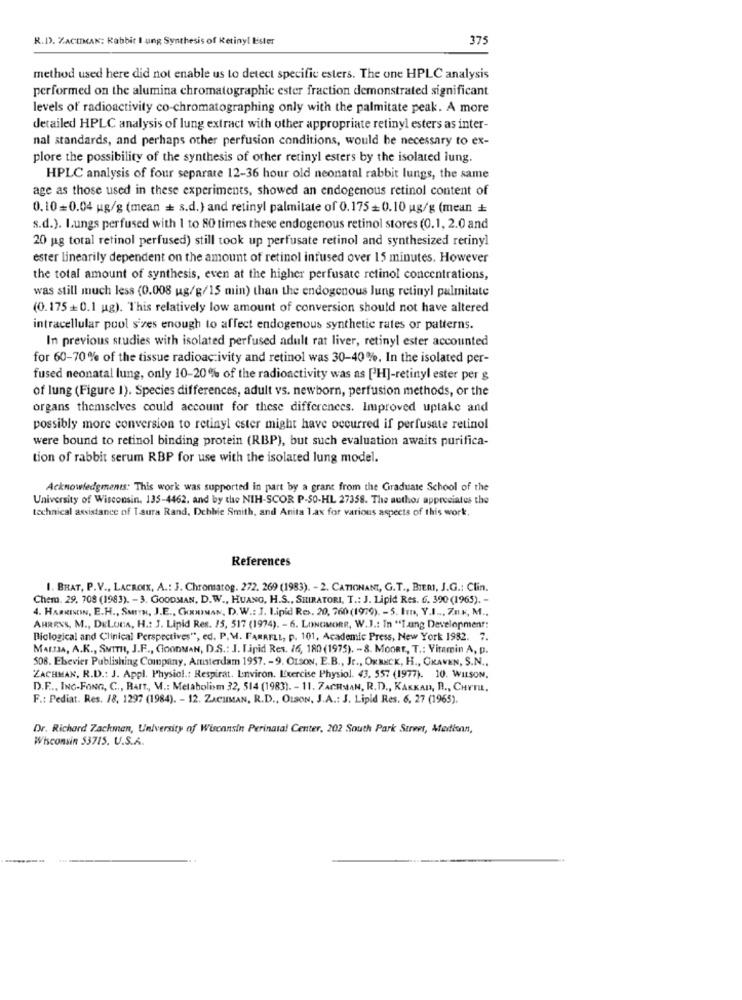
R.D. ZACIMAN: Rabbit I ung Synthesis of Retiny! Ester
375
method used here did not enable us to detect specific esters. The one HPLC analysis
performed on the alumina chromatographie ester fraction demonstrated significant
levels of radioactivity co-chromatographing only with the palmitate peak. A more
detailed HPLC analysis of lung extract with other appropriate retinyl esters as inter-
nal standards, and perhaps other perfusion conditions, would be necessary to ex-
plore the possibility of the synthesis of other retinyl esters by the isolated lung.
HPLC analysis of four separate 12-36 hour old neonatal rabbit lungs, the same
age as those used in these experiments, showed an endogenous retinol content of
0.10=0.04 ug/g (mean = s.d.) and retinyl palmitate of 0.175=0.10 ug/g (mean +
s.d.). Lungs perfused with 1 to 80 times these endogenous retinol stores (0.1, 2.0 and
20 pg total retinol perfused) still took up perfusate retinol and synthesized retinyl
ester linearily dependent on the amount of retinol infused over 15 minutes. However
the total amount of synthesis, even at the higher perfusate retinol concentrations,
was still much less (0.008 ug/g/15 min) than the endogenous Jung retinyl palmitate
(0.175+0.1 ug). This relatively low amount of conversion should not have altered
intracellular pool sizes enough to affect endogenous synthetic rates or patterns.
In previous studies with isolated perfused adult rat liver, retinyl ester accounted
for 60-70% of the tissue radioactivity and retinol was 30-40%. In the isolated per-
fused neonatal lung, only 10-20% of the radioactivity was as [H]-retinyl ester per g
of lung (Figure 1). Species differences, adult vs. newborn, perfusion methods, or the
organs themselves could account for these differences. Improved uptake and
possibly more conversion to retinyl ester might have occurred if perfusate retinol
were bound to retinol binding protein (RBP), but such evaluation awaits purifica-
tion of rabbit serum RBP for use with the isolated lung model.
Acknowledgments: This work was supported in part by a grant from the Graduate School of the
University of Wisconsin. 135-4462. and by the NIH-SCOR P-50-HL 27358. The author appreciates the
technical assistance of I aura Rand, Debbie Smith, and Anita 1.ax for various aspects of this work.
References
I. BHAT, P.V ., LACROIX, A .: J. Chromatog. 272. 269 (1983). - 2. CATIONANT, G.T ., BIERI, J.G .: Clin.
Chem. 29, 708 (1983). - 3. GOODMAN, D.W ., HUANG, H.S ., SHIRATORI, T .: J. Lipid Res. G. 390 (1965). -
4. HARRININ, E.H ., SMITH, J.E ., GOODMAN, D. W .: J. Lipid Res. 20, 760(1979). - 5. Im, Y.I .., Zn ., M ..
AHRENS, M ., DELUNA, H .: J. Lipid Res. 15, 517 (1974). - 6. LONGIMORE, W.J .: In "Tuing Development:
Biological and Clinical Perspectives", ed. P.M. FARRELL, p. 101, Academic Press, New York 1982. 7.
MALTA, A.K ., SMITH, J.F ., GOODMAN, D.S .: J. Lipid Res. 16, 180 (1975). - 8. MooRt, T .: Vitamin A, p.
508. Elsevier Publishing Company, Amsterdam 1957. - 9. OLSON, E.B ., Jr ., ORNECK, H ., CKAVEN, S.N ..
ZACHMAN, R.D .: J. Appl. Physiol .: Respirat. Environ. Exercise Physiol. 43. 557 (1977). 10. WILSON.
D.F .., ING-FONG, C ., RAIT ,, M .: Metabolism 32, 514 (1983). - 11. 7ACHMAN, R.D ., KAKKAD, R ., CHYTIL,
F .: Pediat. Res. 18, 1297 (1984). - 12. ZACHMAN, R.D ., OLSON, J.A .: J. Lipid Res. 6. 27 (1965).
Dr. Richard Zachmen, University of Wisconsin Perinatal Center, 202 South Park Street, Afartionn,
Wisconsin 53715. U.S.A.
----